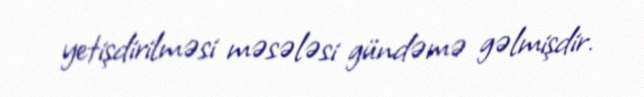
yetişdirilməsi məsələsi gündəmə gəlmişdir.